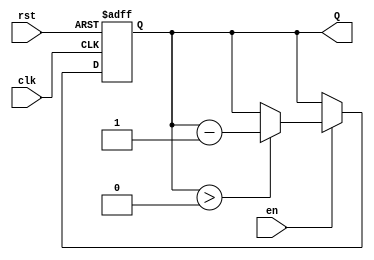
module binary_down_counter (
    input wire clk,        // Clock signal
    input wire rst,        // Asynchronous reset
    input wire en,         // Enable signal
    output reg [3:0] Q     // 4-bit output count
);

    // Maximum count value for a 4-bit counter
    localparam MAX_COUNT = 4'b1111; // 15 in decimal

    // Asynchronous reset and counting logic
    always @(posedge clk or posedge rst) begin
        if (rst) begin
            // Reset the counter to maximum count value
            Q <= MAX_COUNT;
        end else if (en) begin
            // Decrement the counter
            if (Q > 0) begin
                Q <= Q - 1;
            end
            // Optional wrap-around behavior
            // Uncomment the following line to enable wrap-around
            // else begin
            //     Q <= MAX_COUNT; // Wrap around to maximum count value
            // end
        end
    end
    
endmodule